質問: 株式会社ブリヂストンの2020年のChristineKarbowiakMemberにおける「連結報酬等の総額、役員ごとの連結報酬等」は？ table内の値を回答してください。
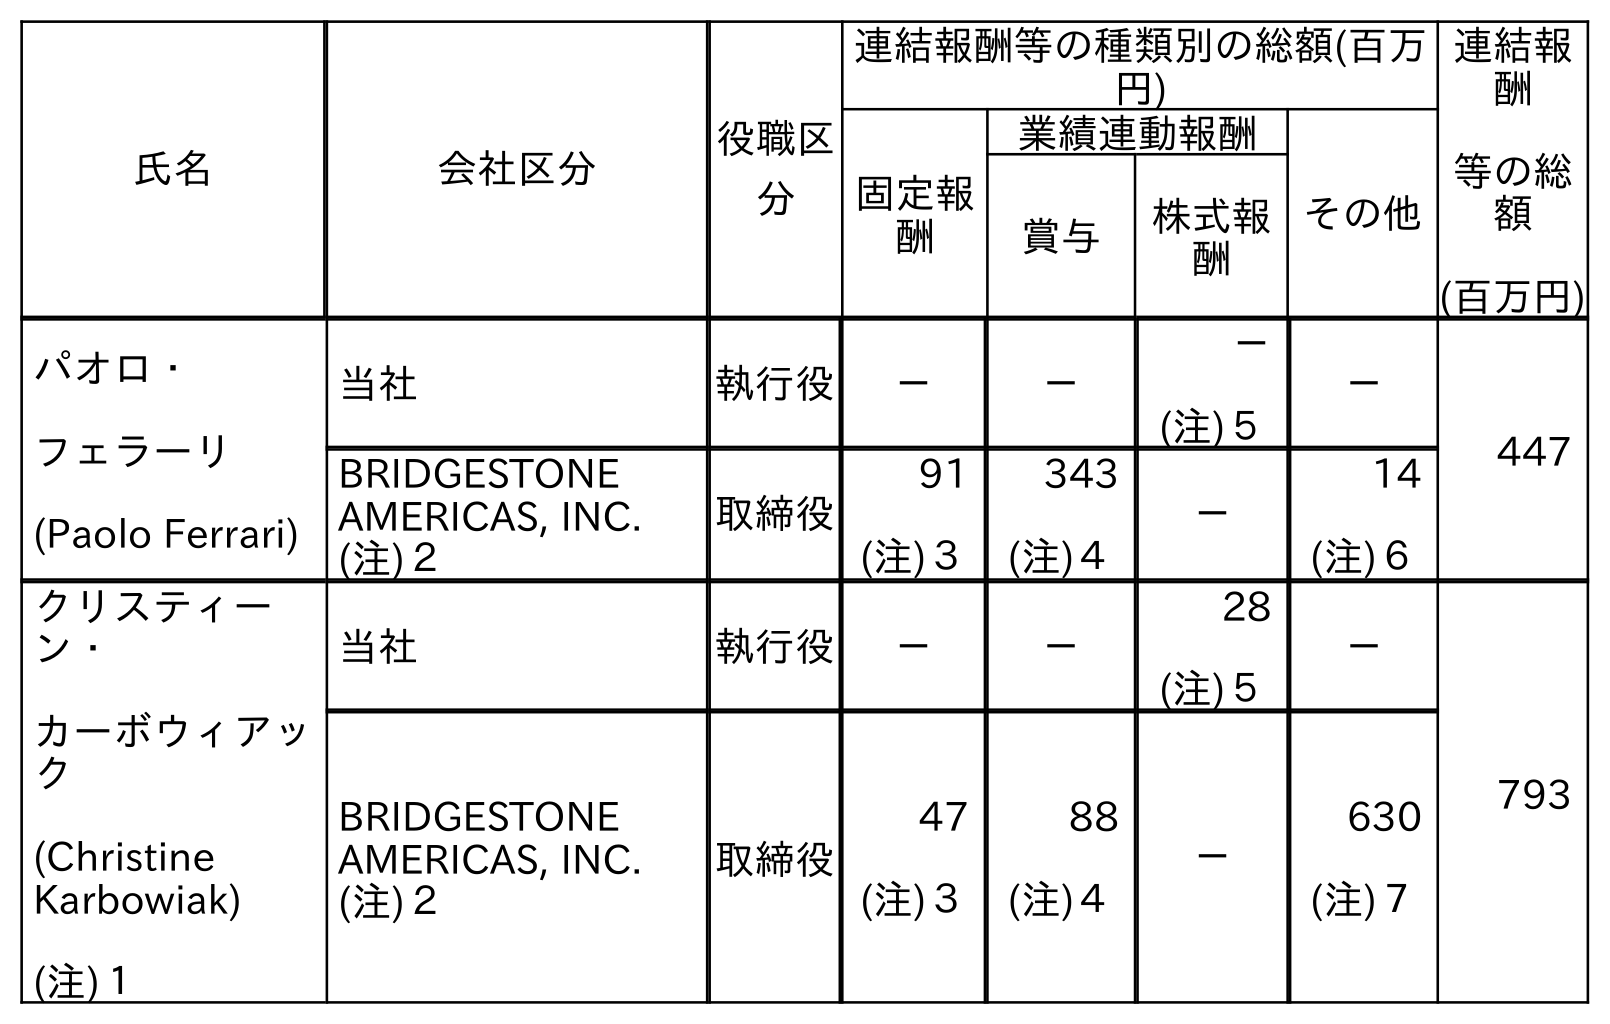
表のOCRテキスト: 氏名 会社区分 役職区 分 連結報酬等の種類別の総額(百万 円) 連結報 酬 等の総 額 (百万円) 固定報 酬 業績連動報酬 その他 賞与 株式報 酬 パオロ・ フェラーリ (Paolo Ferrari) 当社 執行役 － － － (注)５ － 447 BRIDGESTONE AMERICAS, INC. (注)２ 取締役 91 (注)３ 343 (注)４ － 14 (注)６ クリスティー ン・ カーボウィアッ ク (Christine Karbowiak) (注)１ 当社 執行役 － － 28 (注)５ － 793 BRIDGESTONE AMERICAS, INC. (注)２ 取締役 47 (注)３ 88 (注)４ － 630 (注)７
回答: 793